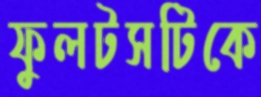
ফুলটসটিকে